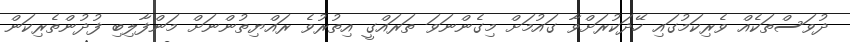
ދުވަސްތަކެއް ވެރިކަމުގައި ހޭދަކުރަށްވާ ގައުމަށް މިގެންނަވަ ތަރައްގީ އިތުރުވެ ރައްޔިތުންނަށް މަންފާލިބި ފުދުންތެރިކަން